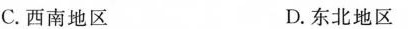
C.西南地区 D.东北地区